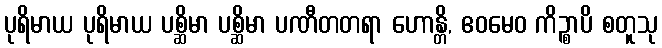
ပုရိမာယ ပုရိမာယ ပစ္ဆိမာ ပစ္ဆိမာ ပဏီတတရာ ဟောန္တိ, ဧဝမေဝ ကိဉ္စာပိ စတူသု